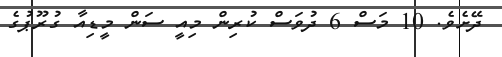
ދޭށެވެ. 10 މަސް 6 ދުވަސް ކުރިން މިއީ ސަން މީޑިއާ ގުރޫޕުގެ